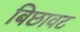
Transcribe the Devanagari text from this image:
बिछावट